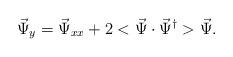
LaTeX: \begin{align*}\vec \Psi_{y}= \vec \Psi_{xx}+2 <\vec \Psi \cdot\vec \Psi^\dagger> \vec \Psi.\end{align*}